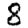
Digit: 8